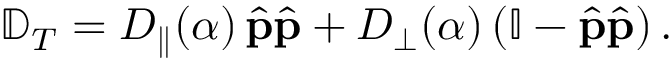
{ \mathbb D } _ { T } = D _ { \parallel } ( \alpha ) \, \hat { \mathbf p } \hat { \mathbf p } + D _ { \perp } ( \alpha ) \left( \mathbb { I } - \hat { \mathbf p } \hat { \mathbf p } \right) .